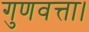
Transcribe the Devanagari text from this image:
गुणवत्ता।